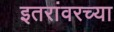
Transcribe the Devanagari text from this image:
इतरांवरच्या